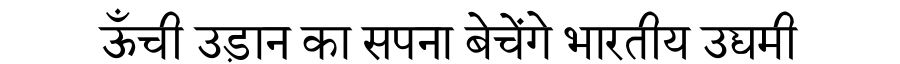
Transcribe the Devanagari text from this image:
ऊँची उड़ान का सपना बेचेंगे भारतीय उद्यमी